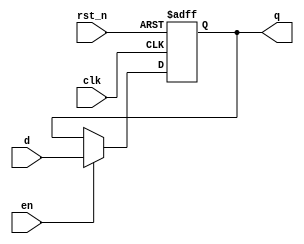
module dff_3(q, d, en, rst_n, clk);
	input [2:0] d;
	input en, rst_n, clk;
	output reg [2:0] q;

	always @(posedge clk, negedge rst_n) begin
		if(rst_n) begin
			if(en) q <= d;
			else q <= q;
		end else q <= 0;
	end

endmodule